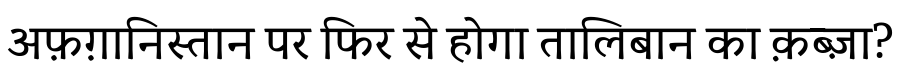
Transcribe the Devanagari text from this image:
अफ़ग़ानिस्तान पर फिर से होगा तालिबान का क़ब्ज़ा?